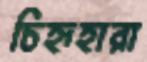
চিহ্নহারা